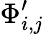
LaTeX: \Phi_{i,j}^{\prime}